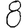
Digit: 8